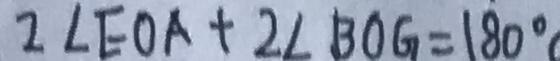
2 \angle E O A + 2 \angle B O G = 1 8 0 ^ { \circ }